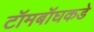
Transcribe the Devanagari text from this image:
टॉमबॉघकडे